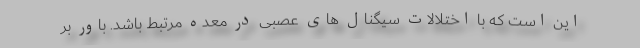
این است که با اختلالات سیگنال های عصبی در معده مرتبط باشد. باور بر